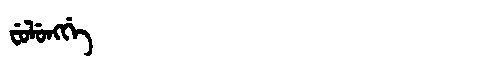
Manchu: ᠸᡠᠯᡠᠩᡤᡝ
Romanization: FULUNGGE